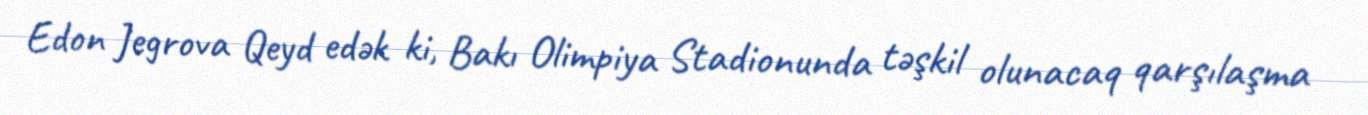
Edon Jegrova Qeyd edək ki, Bakı Olimpiya Stadionunda təşkil olunacaq qarşılaşma